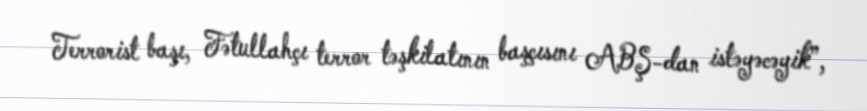
Terrorist başı, Fətullahçı terror təşkilatının başçısını ABŞ-dan istəyəcəyik”,